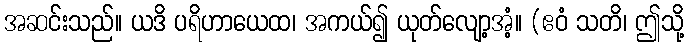
အဆင်းသည်။ ယဒိ ပရိဟာယေထ၊ အကယ်၍ ယုတ်လျော့အံ့။ (ဧဝံ သတိ၊ ဤသို့